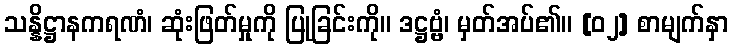
သန္နိဋ္ဌာနကရဏံ၊ ဆုံးဖြတ်မှုကို ပြုခြင်းကို။ ဒဋ္ဌဗ္ဗံ၊ မှတ်အပ်၏။ [၀၂] စာမျက်နှာ